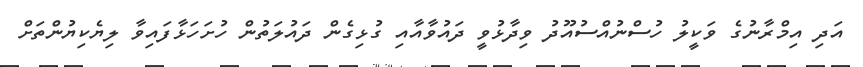
އަދި އިމްރާނުގެ ވަކީލު ހުސްނުއްސުއޫދު ވިދާޅުވީ ދައުވާއާއި ގުޅިގެން ދައުލަތުން ހުށަހަޅާފައިވާ ލިޔެކިޔުންތަށް